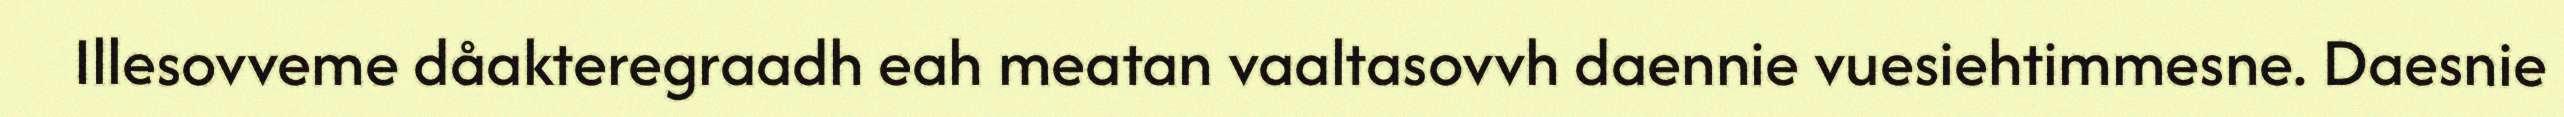
Illesovveme dåakteregraadh eah meatan vaaltasovvh daennie vuesiehtimmesne. Daesnie